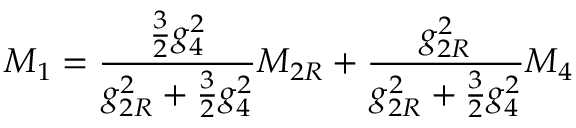
M _ { 1 } = { \frac { { \frac { 3 } { 2 } } g _ { 4 } ^ { 2 } } { g _ { 2 R } ^ { 2 } + { \frac { 3 } { 2 } } g _ { 4 } ^ { 2 } } } M _ { 2 R } + { \frac { g _ { 2 R } ^ { 2 } } { g _ { 2 R } ^ { 2 } + { \frac { 3 } { 2 } } g _ { 4 } ^ { 2 } } } M _ { 4 }